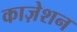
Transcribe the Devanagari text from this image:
काज़ेशन